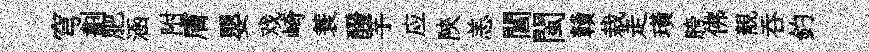
穹劃肥涵附膚嬰戏崎蓑醱芋应陝恙閶閩贛栽走璜胯佛靚吞釣